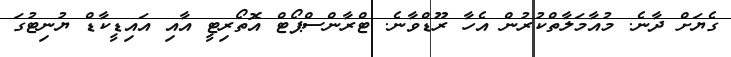
ގެޔަށް ދާނެ. މުއާމަލާތްކުރުން އެހާ ރޫޑްވާނެ. ޓްރާންސްޕޯޓް އޮތޯރިޓީ އާއި އައިޑީކާޑް ޔުނިޓުގަ